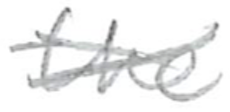
Text: the
Cross-out: cross
Writing tool: pencil